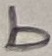
Text: b